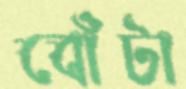
বোঁটা